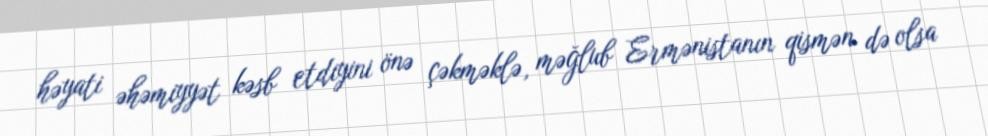
həyati əhəmiyyət kəsb etdiyini önə çəkməklə, məğlub Ermənistanın qismən də olsa